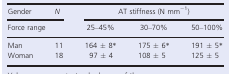
<table><thead><tr><td><b>Gender</b></td><td><b><i>N</i></b></td><td colspan="3"><b>AT stiffness (N mm<sup>−1</sup>)</b></td></tr><tr><td colspan="2"><b>Force range</b></td><td><b>25–45%</b></td><td><b>30–70%</b></td><td><b>50–100%</b></td></tr></thead><tbody><tr><td>Man</td><td>11</td><td>164 ± 8*</td><td>175 ± 6*</td><td>191 ± 5*</td></tr><tr><td>Woman</td><td>18</td><td>97 ± 4</td><td>108 ± 5</td><td>125 ± 5</td></tr></tbody></table>